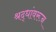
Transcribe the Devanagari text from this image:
श्रद्धांवरून